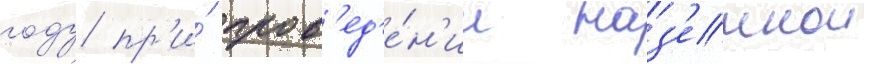
году пр'и́ пров'ед'е́н'ии наз'емнои